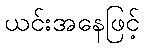
ယင်းအနေဖြင့်